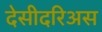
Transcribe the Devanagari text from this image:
देसीदरिअस